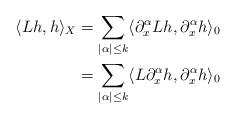
LaTeX: \begin{align*} \langle Lh,h\rangle_X&= \sum_{|\alpha|\leq k}\langle \partial_x^\alpha Lh,\partial_x^\alpha h\rangle_0 \\&=\sum_{|\alpha|\leq k}\langle L\partial_x^\alpha h,\partial_x^\alpha h\rangle_0 \end{align*}